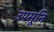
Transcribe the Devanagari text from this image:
उपसूनि